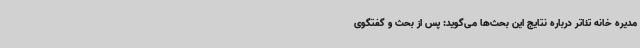
مدیره خانه تئاتر درباره نتایج این بحث‌ها می‌گوید: پس از بحث و گفتگوی